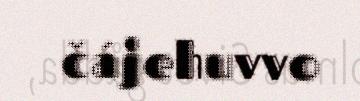
čájehuvvo